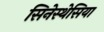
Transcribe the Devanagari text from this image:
सिनेस्थेसिया